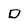
Character: D